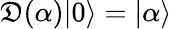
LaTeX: \mathfrak{D}(\alpha)|0\rangle=|\alpha\rangle